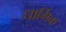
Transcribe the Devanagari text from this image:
धार्मिक